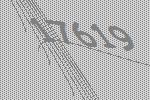
17619